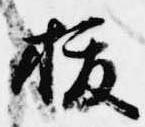
抜